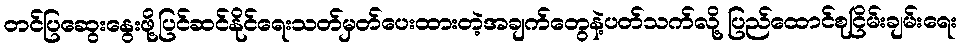
တင်ပြဆွေးနွေးဖို့ပြင်ဆင်နိုင်ရေးသတ်မှတ်ပေးထားတဲ့အချက်တွေနဲ့ပတ်သက်လို့ ပြည်ထောင်စုငြိမ်းချမ်းရေး